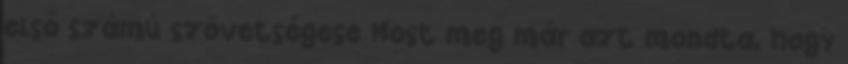
első számú szövetségese Most meg már azt mondta, hogy